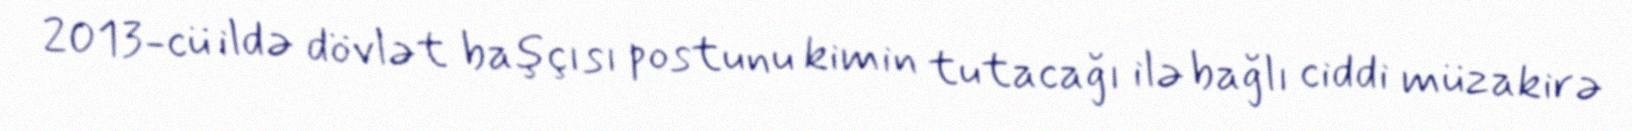
2013-cü ildə dövlət başçısı postunu kimin tutacağı ilə bağlı ciddi müzakirə